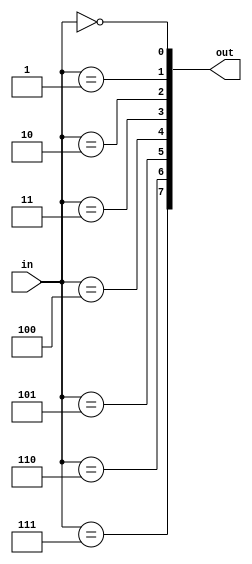
module decoder_3_8
(
	input 	[ 2:0] in,
	output	[ 7:0] out
);

genvar i;
generate
for(i=0;i<8;i=i+1)
begin
	assign out[i] = (in == i);
end

endgenerate


endmodule